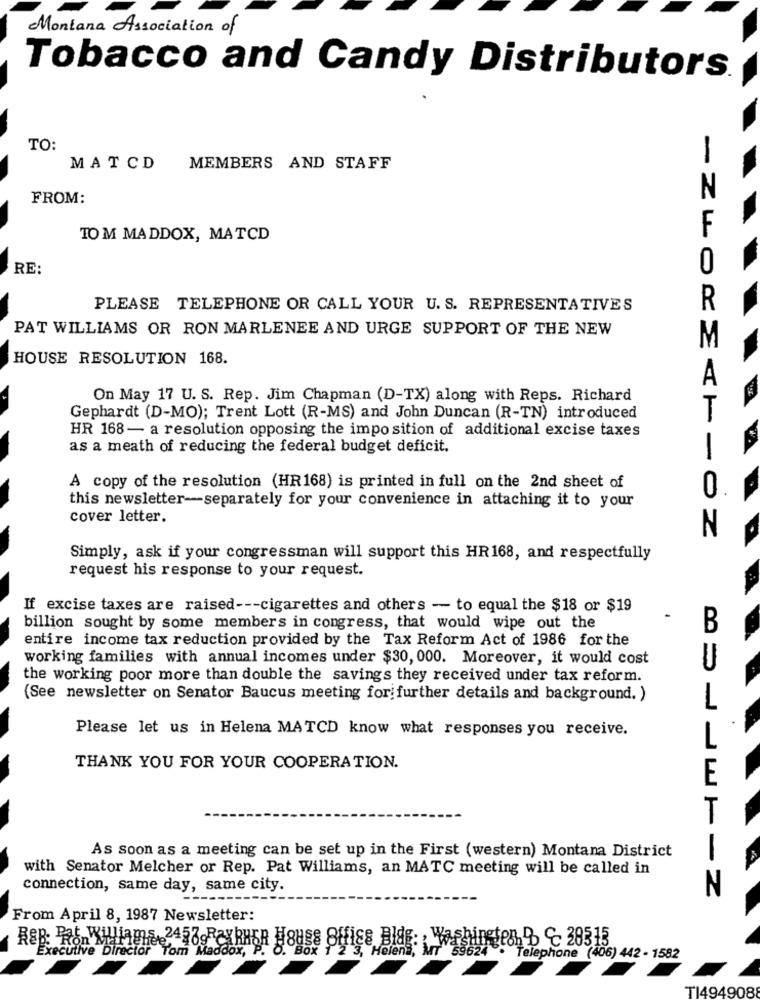
Montana Association of
Tobacco and Candy Distributors.
TO:
MATCD MEMBERS AND STAFF
N
FROM:
TO M MADDOX, MATCD
RE:
PLEASE TELEPHONE OR CALL YOUR U. S. REPRESENTATIVES
R
PAT WILLIAMS OR RON MARLENEE AND URGE SUPPORT OF THE NEW
M
HOUSE RESOLUTION 168.
A
On May 17 U. S. Rep. Jim Chapman (D-TX) along with Reps. Richard
T
Gephardt (D-MO); Trent Lott (R-MS) and John Duncan (R-TN) introduced
HR 168- a resolution opposing the imposition of additional excise taxes
as a meath of reducing the federal budget deficit.
A copy of the resolution (HR168) is printed in full on the 2nd sheet of
0
this newsletter-separately for your convenience in attaching it to your
cover letter.
N
Simply, ask if your congressman will support this HR168, and respectfully
request his response to your request.
If excise taxes are raised --- cigarettes and others - to equal the $18 or $19
-
billion sought by some members in congress, that would wipe out the
B
entire income tax reduction provided by the Tax Reform Act of 1986 for the
working families with annual incomes under $30, 000. Moreover, it would cost
the working poor more than double the savings they received under tax reform.
(See newsletter on Senator Baucus meeting for further details and background. )
1
Please let us in Helena MATCD know what responses you receive.
L
THANK YOU FOR YOUR COOPERATION.
E
T
As soon as a meeting can be set up in the First (western) Montana District
with Senator Melcher or Rep. Pat Williams, an MATC meeting will be called in
connection, same day, same city.
----- 1-2
From April 8, 1987 Newsletter:
Executive Director Tom Maddox, P.
5. Box 1 2 3, Helena, MT $9624
Telephone (406) 442 - 1582
TI494908